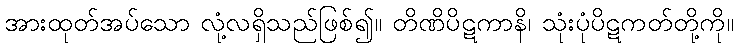
အားထုတ်အပ်သော လုံ့လရှိသည်ဖြစ်၍။ တိဏိပိဋကာနိ၊ သုံးပုံပိဋကတ်တို့ကို။